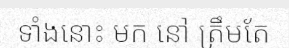
ទាំងនោះ មក នៅ ត្រឹមតែ